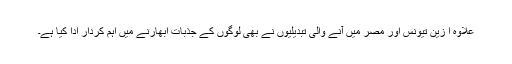
علاوہ ا زین تیونس اور مصر میں آنے والی تبدیلیوں نے بھی لوگوں کے جذبات ابھارنے میں اہم کردار ادا کیا ہے۔